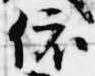
依